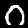
Label: 0